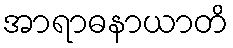
အာရာဓနာယာတိ